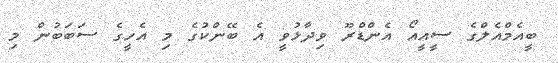
ބީއެމްއެލްގެ ސީއީއޯ އެންޑްރޫ ވިދާޅުވީ އެ ބޭންކުގެ މި އެހީގެ ސަބަބުން މި